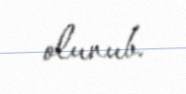
olunub.